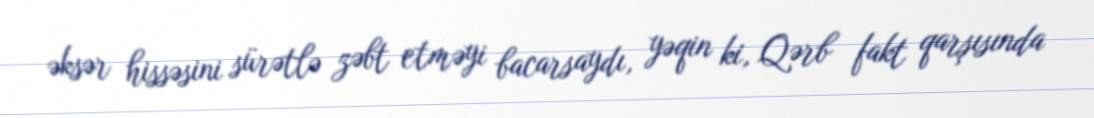
əksər hissəsini sürətlə zəbt etməyi bacarsaydı, yəqin ki, Qərb fakt qarşısında